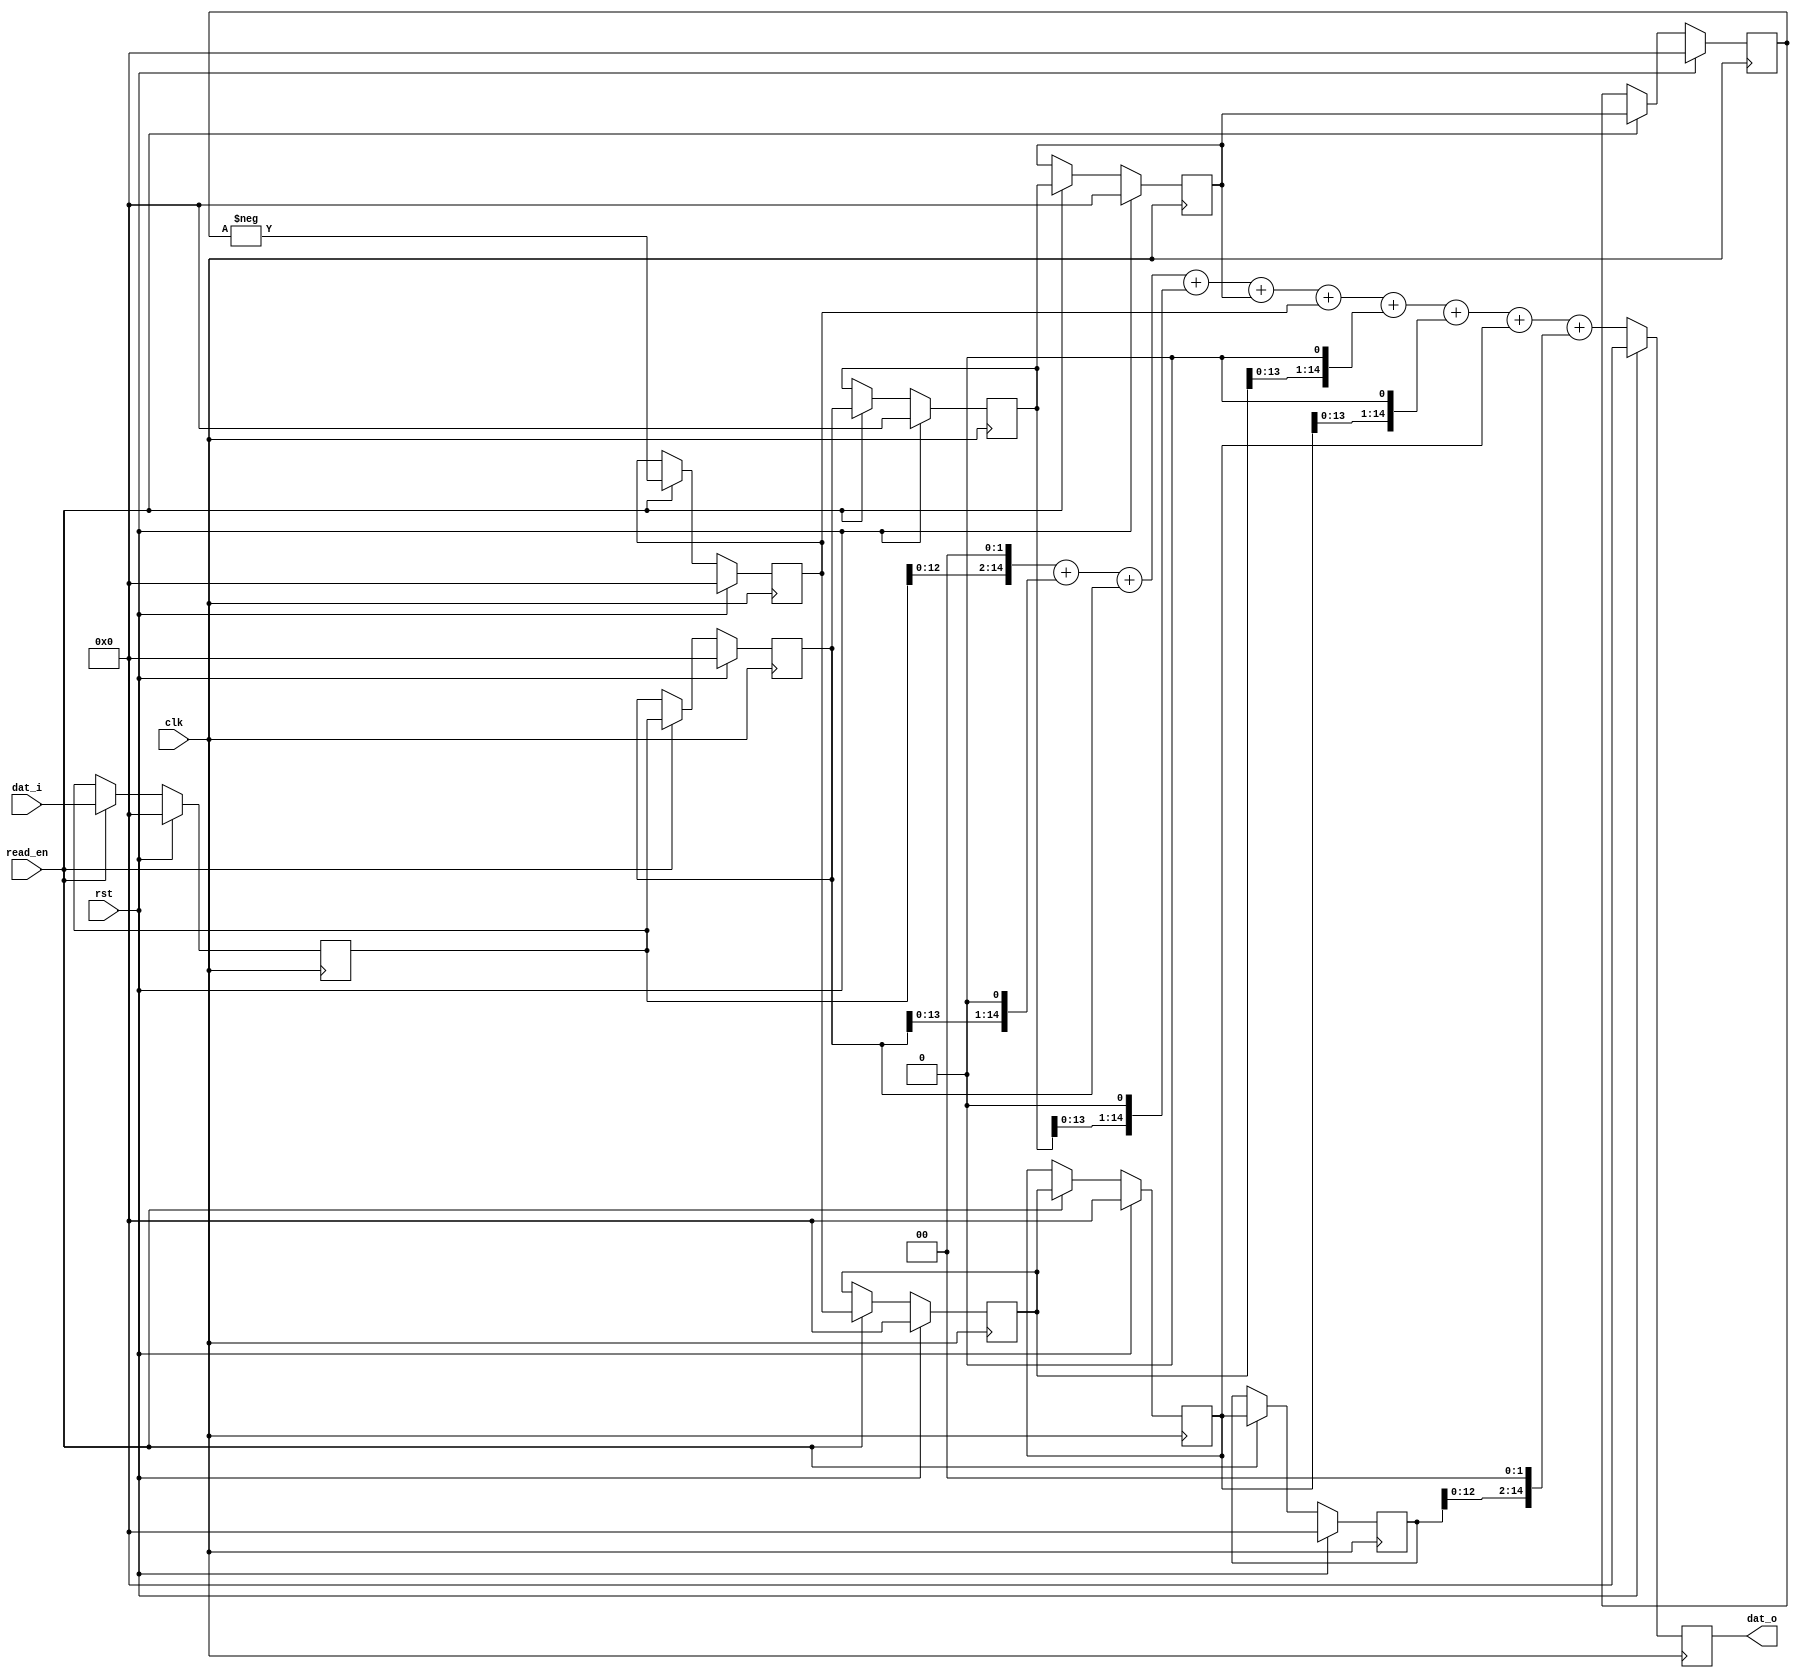
/**
 *
 *
 * @brief Red Pitaya slope detector
 *
 * @Author Marcelo A. Luda
 *
 *  outputs slope value based on 8 data points linear regression.
 *
 * This part of code is written in Verilog hardware description language (HDL).
 * Please visit http://en.wikipedia.org/wiki/Verilog
 * for more details on the language used herein.
 */

 /** Stimation of slope from 9 points
   * The slope is stimated by use of linear least sqaures regression
   * equation reference: https://en.wikipedia.org/wiki/Simple_linear_regression#Linear_regression_without_the_intercept_term
   *
   *         -4*y[n-8]-3*y[n-7]-2*y[n-6]-y[n-5]+y[n-3]+2*y[n-2]+3*y[n-1]+4*y[n]
   * slope = ------------------------------------------------------------------
   *             (-4)^2 + (-3)^2 + (-2)^2 + (-1)^2 + 1^2 + 2^2 + 3^2 + 4^2
   *
   * slope = slope9_dat_o / 60
   *
   * The output value of slope9 is multiplied by 60. To get the actual
   * slope of the set of values you have to divide dat_o by 60 and by the
   * time interval between data points.
   *
   */

module slope9 #(parameter R=15)
(
   // data
   input                         clk             ,  // clock
   input                         rst             ,  // reset - active low
   input                         read_en         ,  // read enable
   input      signed  [  R-1: 0] dat_i           ,  // input data
   output reg signed  [  R-1: 0] dat_o              // output data
);


   wire signed [ R+5-1: 0]  sum ;
   wire signed [   R-1: 0]  sum_div ;


   reg  signed [   R-1: 0] mem0,mem1,mem2,mem3,mem4,mem5,mem6,mem7,mem8;
   wire signed [   R-1: 0] mem_next0,mem_next1,mem_next2,mem_next3,mem_next4,mem_next5,mem_next6,mem_next7,mem_next8;


   always @(posedge clk) begin
      if (rst) begin
         mem0  <= {R{1'b0}} ;
         mem1  <= {R{1'b0}} ;
         mem2  <= {R{1'b0}} ;
         mem3  <= {R{1'b0}} ;
         mem4  <= {R{1'b0}} ;
         mem5  <= {R{1'b0}} ;
         mem6  <= {R{1'b0}} ;
         mem7  <= {R{1'b0}} ;
         mem8  <= {R{1'b0}} ;
         dat_o <= {R{1'b0}} ;
      end
      else begin
         mem0  <= mem_next0 ;
         mem1  <= mem_next1 ;
         mem2  <= mem_next2 ;
         mem3  <= mem_next3 ;
         mem4  <= mem_next4 ;
         mem5  <= mem_next5 ;
         mem6  <= mem_next6 ;
         mem7  <= mem_next7 ;
         mem8  <= mem_next8 ;
         dat_o <=   sum_div ;
      end
   end

   // Next-state logic
   assign mem_next0 = read_en ? $signed(dat_i) : mem0  ;
   assign mem_next1 = read_en ? mem0           : mem1  ;
   assign mem_next2 = read_en ? mem1           : mem2  ;
   assign mem_next3 = read_en ? mem2           : mem3  ;
   assign mem_next4 = read_en ? mem3           : mem4  ;
   assign mem_next5 = read_en ?-mem4           : mem5  ;
   assign mem_next6 = read_en ? mem5           : mem6  ;
   assign mem_next7 = read_en ? mem6           : mem7  ;
   assign mem_next8 = read_en ? mem7           : mem8  ;

   // Output
   assign sum = $signed({mem0, 2'b0 }) +                   // error[ 0] *  4
                $signed({mem1, 1'b0 }) + $signed(mem1) +   // error[-1] *  3
                $signed({mem2, 1'b0 }) +                   // error[-2] *  2
                $signed( mem3        ) +                   // error[-3] *  1
                                                           // error[-4] *  0
                $signed( mem5        ) +                   // error[-5] * -1
                $signed({mem6, 1'b0 }) +                   // error[-6] * -2
                $signed({mem7, 1'b0 }) + $signed(mem7) +   // error[-7] * -3
                $signed({mem8, 2'b0 }) ;                   // error[-8] * -4


   assign sum_div = $signed( sum[R-1:0] );

endmodule



/*
Instantiation example:


slope9 #(.R(15)) NAME (.clk(clk),.rst(rst), .read_en( 1'b1 ), .dat_i(  DAT_I  ), .dat_o(  DAT_O  ) );



*/